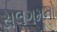
સલગમનો